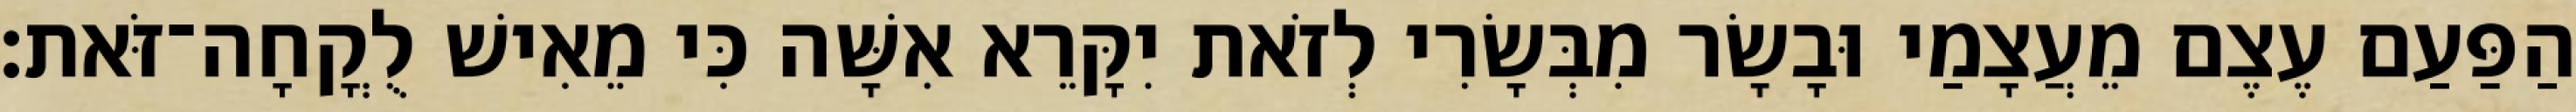
הַפַּעַם עֶצֶם מֵעֲצָמַי וּבָשָׂר מִבְּשָׂרִי לְזֹאת יִקָּרֵא אִשָּׁה כִּי מֵאִישׁ לֻקֳחָה־זֹּאת׃